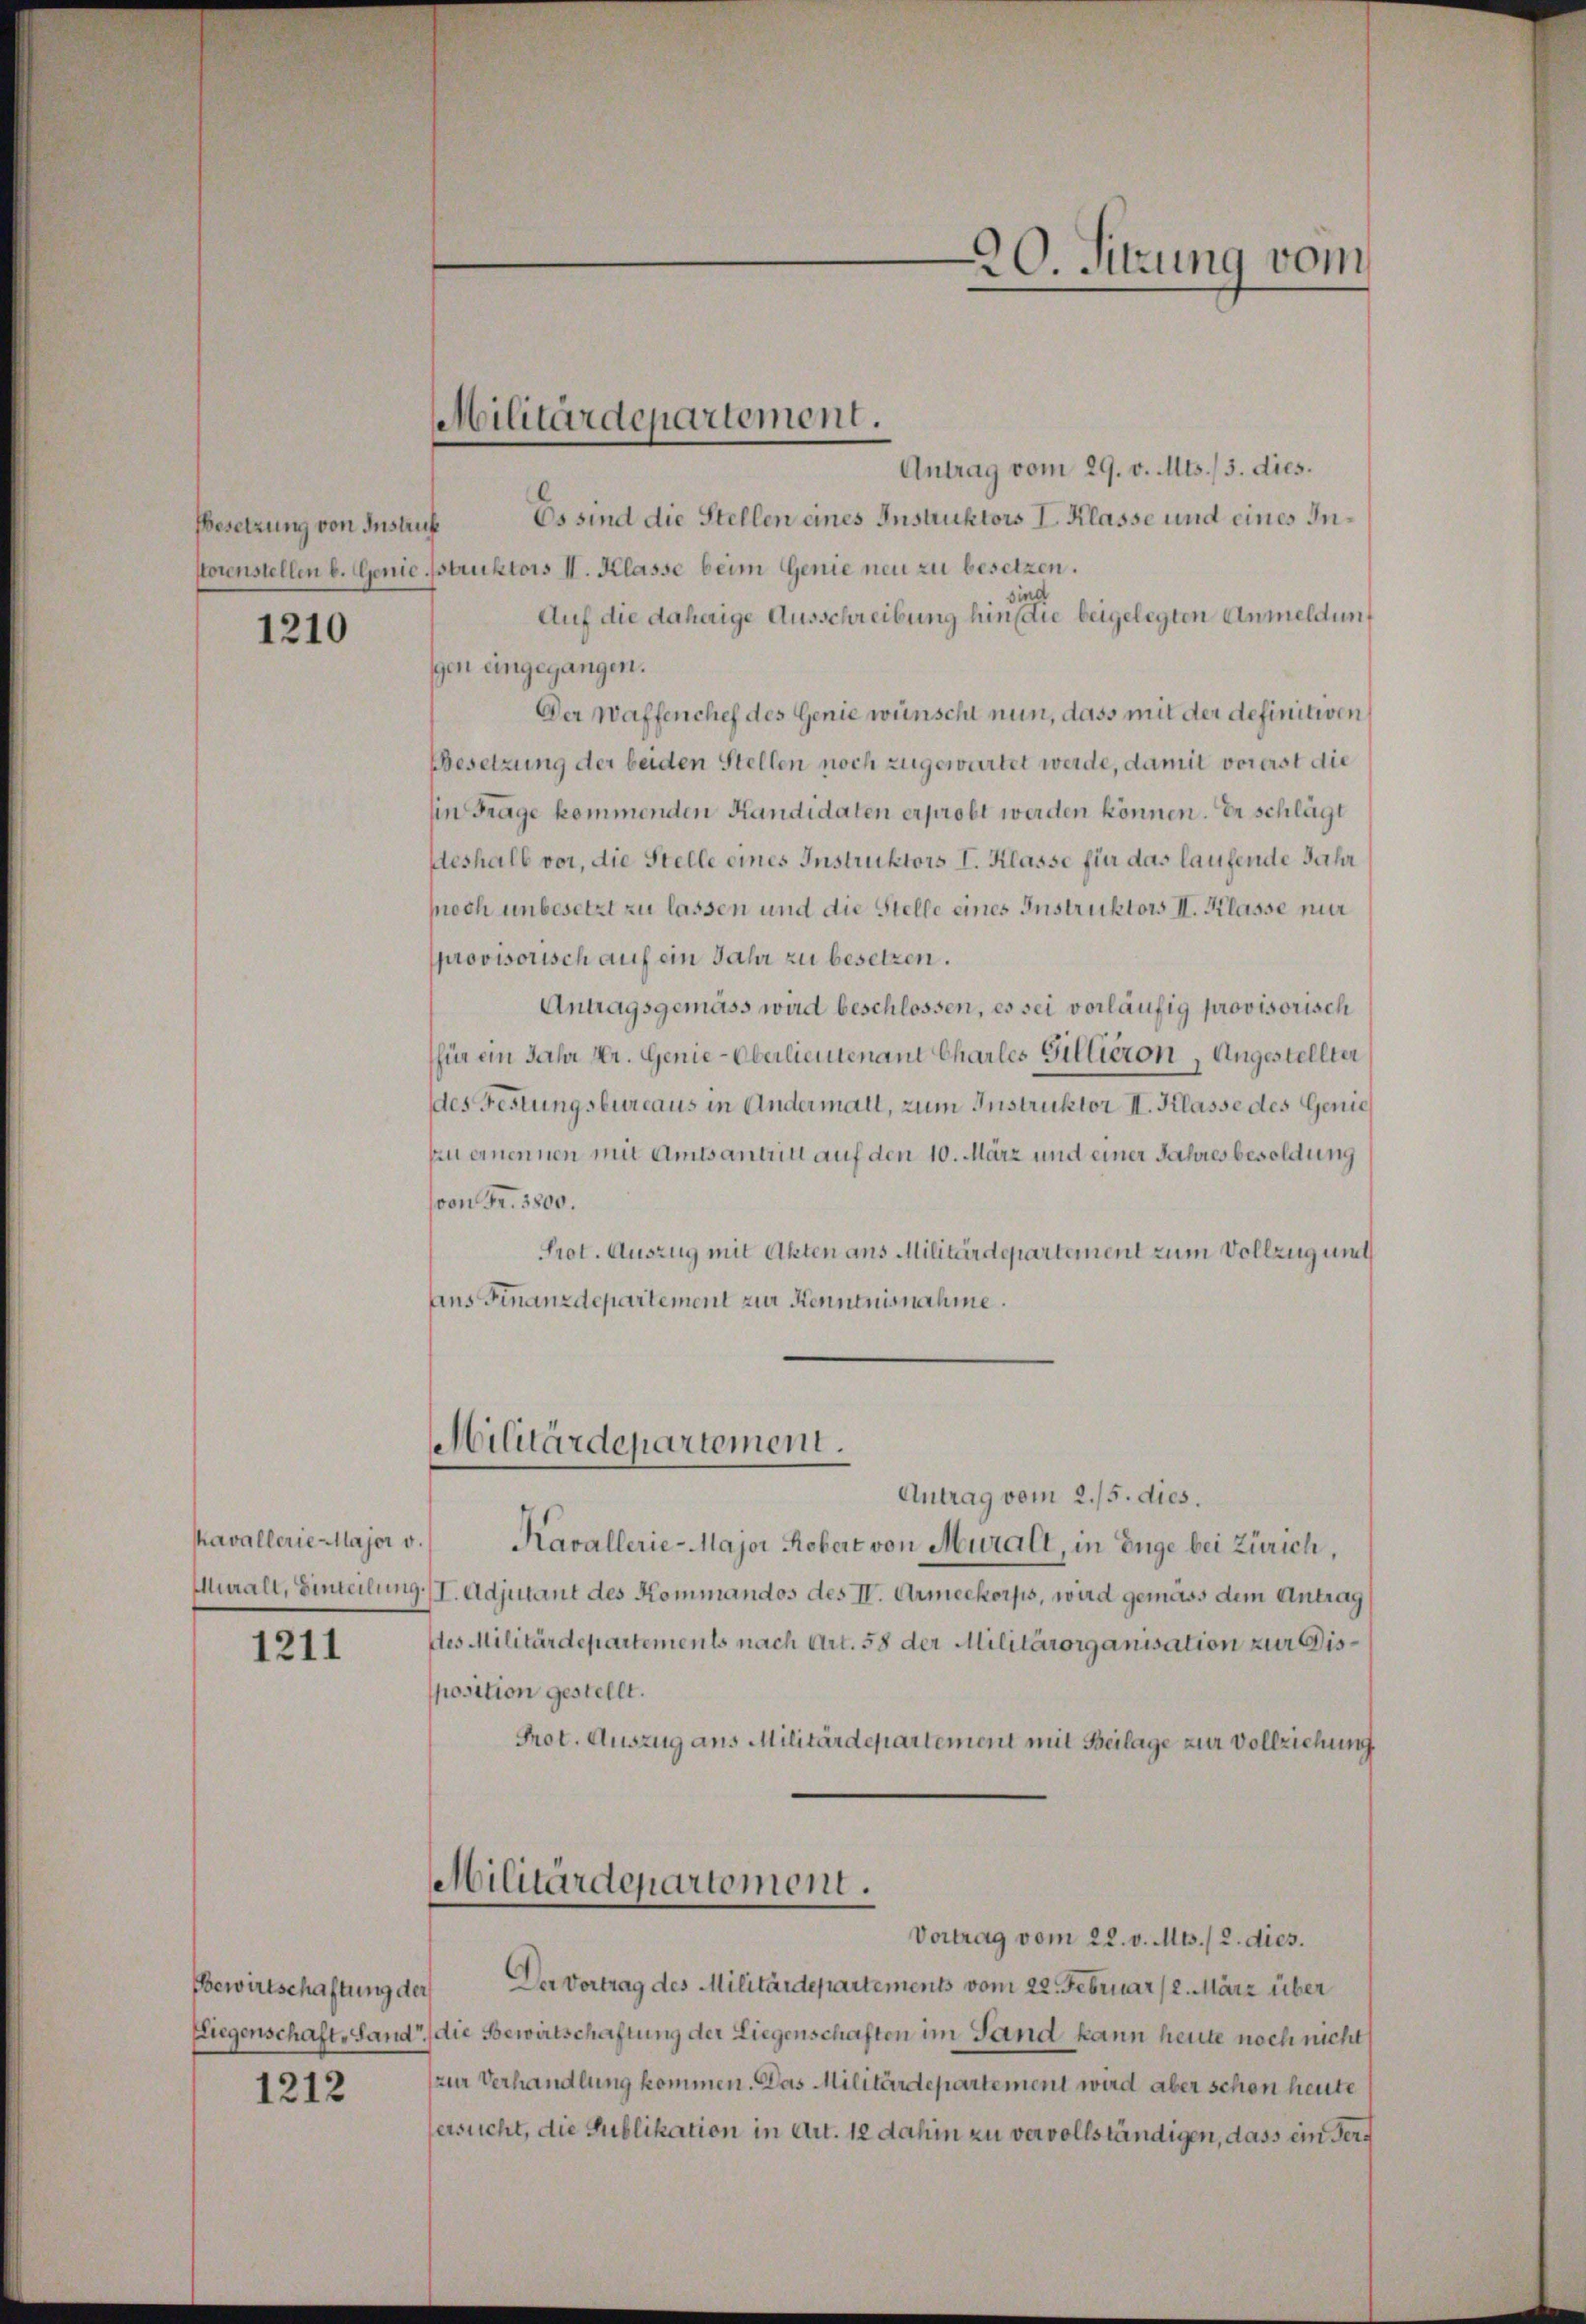
Gesetzung von Instruk

1210

Kavallerie Major v.
Murall, Einteilung

1211

Bewirtschaftung der
Liegenschaft-Land

1212

Antrag vom 29. v. Mts. / 5. dies.
Es sind die Stellen eines Instruktors I. Klasse und eines Instonenstellen b. Geniesstruktors I. Klasse beim Genie neu zu besetzen.
sind
Auf die daherige Ausschreibung hin die beigelegten Anmeldung
gen eingegangen.
Der Waffenchef des Genie wünscht nun, dass mit der definitiven
Besetzung der beiden Stellen noch zugewartet werde, damit vorerst die
(in Frage kommenden Kandidaten erprobt werden können. Er schlägt
deshalb vor, die Stelle eines Instruktors I. Klasse für das laufende Jahr
pech unbesetzt zu lassen und die Stelle eines Instruktors II. Klasse nur
provisorisch auf ein Jahr zu besetzen.
Antragsgemäss wird beschlossen, es sei vorläufig provisorisch
für ein Jahr Dr. Genie-Oberlieutenant Charles Gillieron, Angestellter
des Festungsbureaus in Andermall, zum Instruktor II. Klasse des Genie
zu ernennen mit Amtsantritt auf den 10. März und einer Jahresbesoldung
von Fr. 3800.
Prot. Auszug mit Akten ans Militärdepartement zum Vollzug und
ans Finanzdepartement zur Kenntnisnahme.

Militärdepartement.

Militärdepartement.

20. Sitzung vom

Antrag vom 2./5. dies.
Kavallerie-Major Robert von Muralt, in Enge bei Zürich,
I. Adjutant des Kommandos des II. Armeekorps, wird gemäss dem Antrag
des Militärdepartements nach Art. 58 der Militärorganisation zur Dissposition gestellt.
Prot. Auszug aus Militärdepartement mit Beilage zur Vollziehung
Militärdepartement.
Vortrag vom 22. v. Mts. / 2. dies.
Der Vortrag des Militärdepartements vom 22. Februar 2. März über
die Bewirtschaftung der Liegenschaften im Sand kann heute noch nicht,
zur Verhandlung kommen. Das Militärdepartement wird aber schon heute
ersucht, die Publikation in Art. 12 dahin zu vervollständigen, dass ein Ver¬